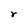
Character: r